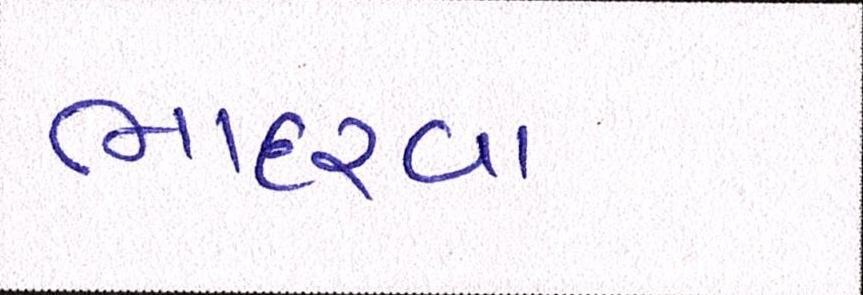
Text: ભાદરવા